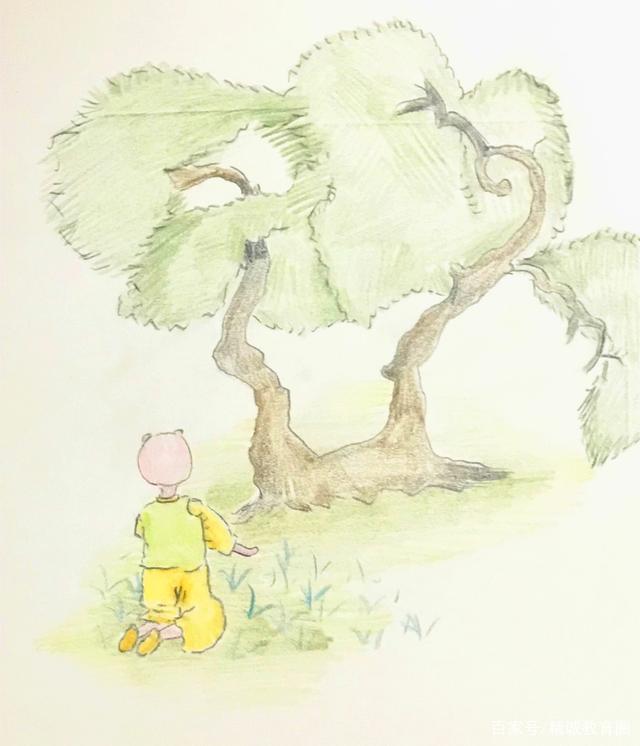
柳花深巷午鸡声，桑叶尖新绿未成。